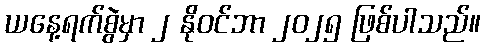
ယနေ့ရက်စွဲမှာ ၂ နိုဝင်ဘာ ၂၀၂၅ ဖြစ်ပါသည်။